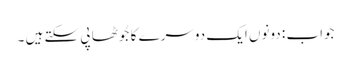
جواب : دونوں ایک دوسرے کا جُوٹھا پی سکتے ہیں ۔